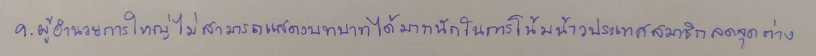
9.ผู้อำนวยการใหญ่ไม่สามารถแสดงบทบาทได้มากนักในการโน้มน้าวประเทศสมาชิกลดจุดต่าง